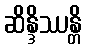
ဆိန္ဒိဿန္တိ